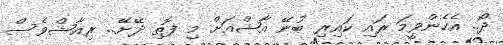
ދޯ.. އެހެންވީމަ ރައި ކައިރި ބުނޭ އާޝްއަށް މި ފޮތި ދޭށޭ.. ރިއާޝްވެސް